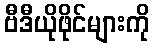
ဗီဒီယိုဖိုင်များကို